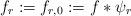
LaTeX: \begin{align*} f_r := f_{r, 0} := f * \psi_r\end{align*}